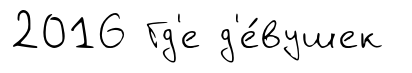
2016 Гд'е д'е́вушек